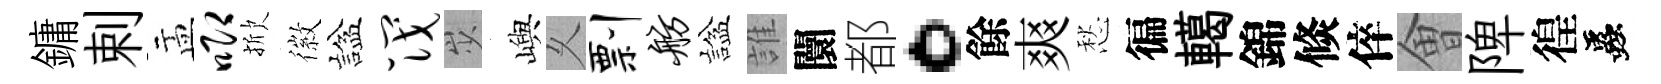
鏞剌盂唧掀徽諡筏𡵯嶼乆剽舫諡誰闤都。餘爽愁徧轕錦倐倅㑹陴徨蟲